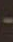
-